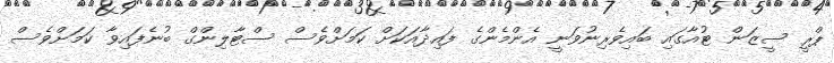
ޕްރީ ސީޒަން ޓުއާގައި ބައިވެރިނުވަނީ އެންމެންގެ ފައިދާއަކަށް ކަމަށްވެސް ސްޓާލިންގް ބުނެފައިވާ ކަމަށްވެސް